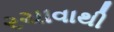
રચાવાથી